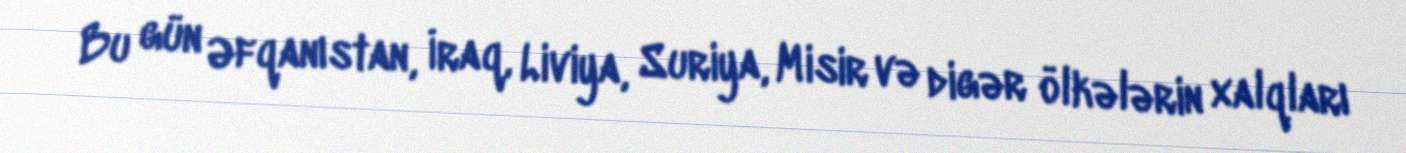
Bu gün Əfqanıstan, İraq, Liviya, Suriya, Misir və digər ölkələrin xalqları